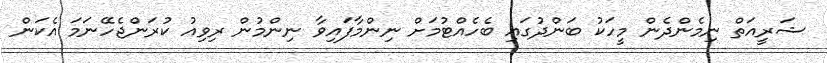
ޝަރީއަތް ނިމެންދެން މީހަކު ބަންދުގައި ބެހެއްޓުމަށް ނިންމާފައިވާ ނިންމުން ރިވިއު ކުރަންޖެހޭނަމަ އެކަން